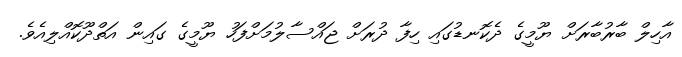
އާހިލް ބާރުބާރަށް ޔޫމީގެ ދެކޮނޑުގައި ހިފާ ދުރަށް ޖައްސާލުމަށްފަހު ޔޫމީގެ ގައިން އަތްދޫކޮއްލިއެވެ.